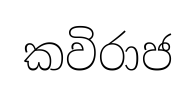
කවිරාජ